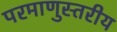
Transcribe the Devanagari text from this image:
परमाणुस्तरीय